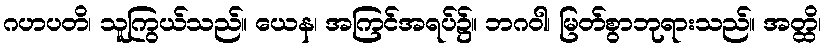
ဂဟပတိ၊ သူကြွယ်သည်။ ယေန၊ အကြင်အရပ်၌။ ဘဂဝါ၊ မြတ်စွာဘုရားသည်။ အတ္ထိ၊